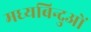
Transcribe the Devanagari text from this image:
मध्यबिन्दुओं